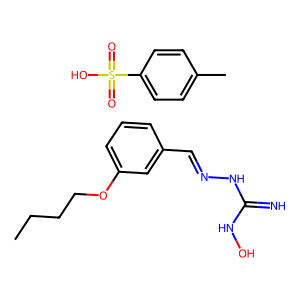
SMILES: CCCCOc1cccc(C=NNC(=N)NO)c1.Cc1ccc(S(=O)(=O)O)cc1
Inhibits HIV replication: No